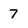
Character: 7